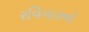
રવિવારનો